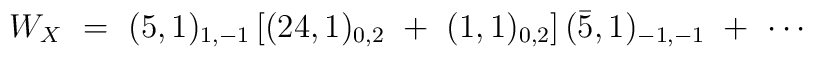
W_X\ =\ (5,1)_{1,-1}\left[ (24,1)_{0,2}\ +\ (1,1)_{0,2}\right] ({\bar 5},1)_{-1,-1}\ +\ \cdots